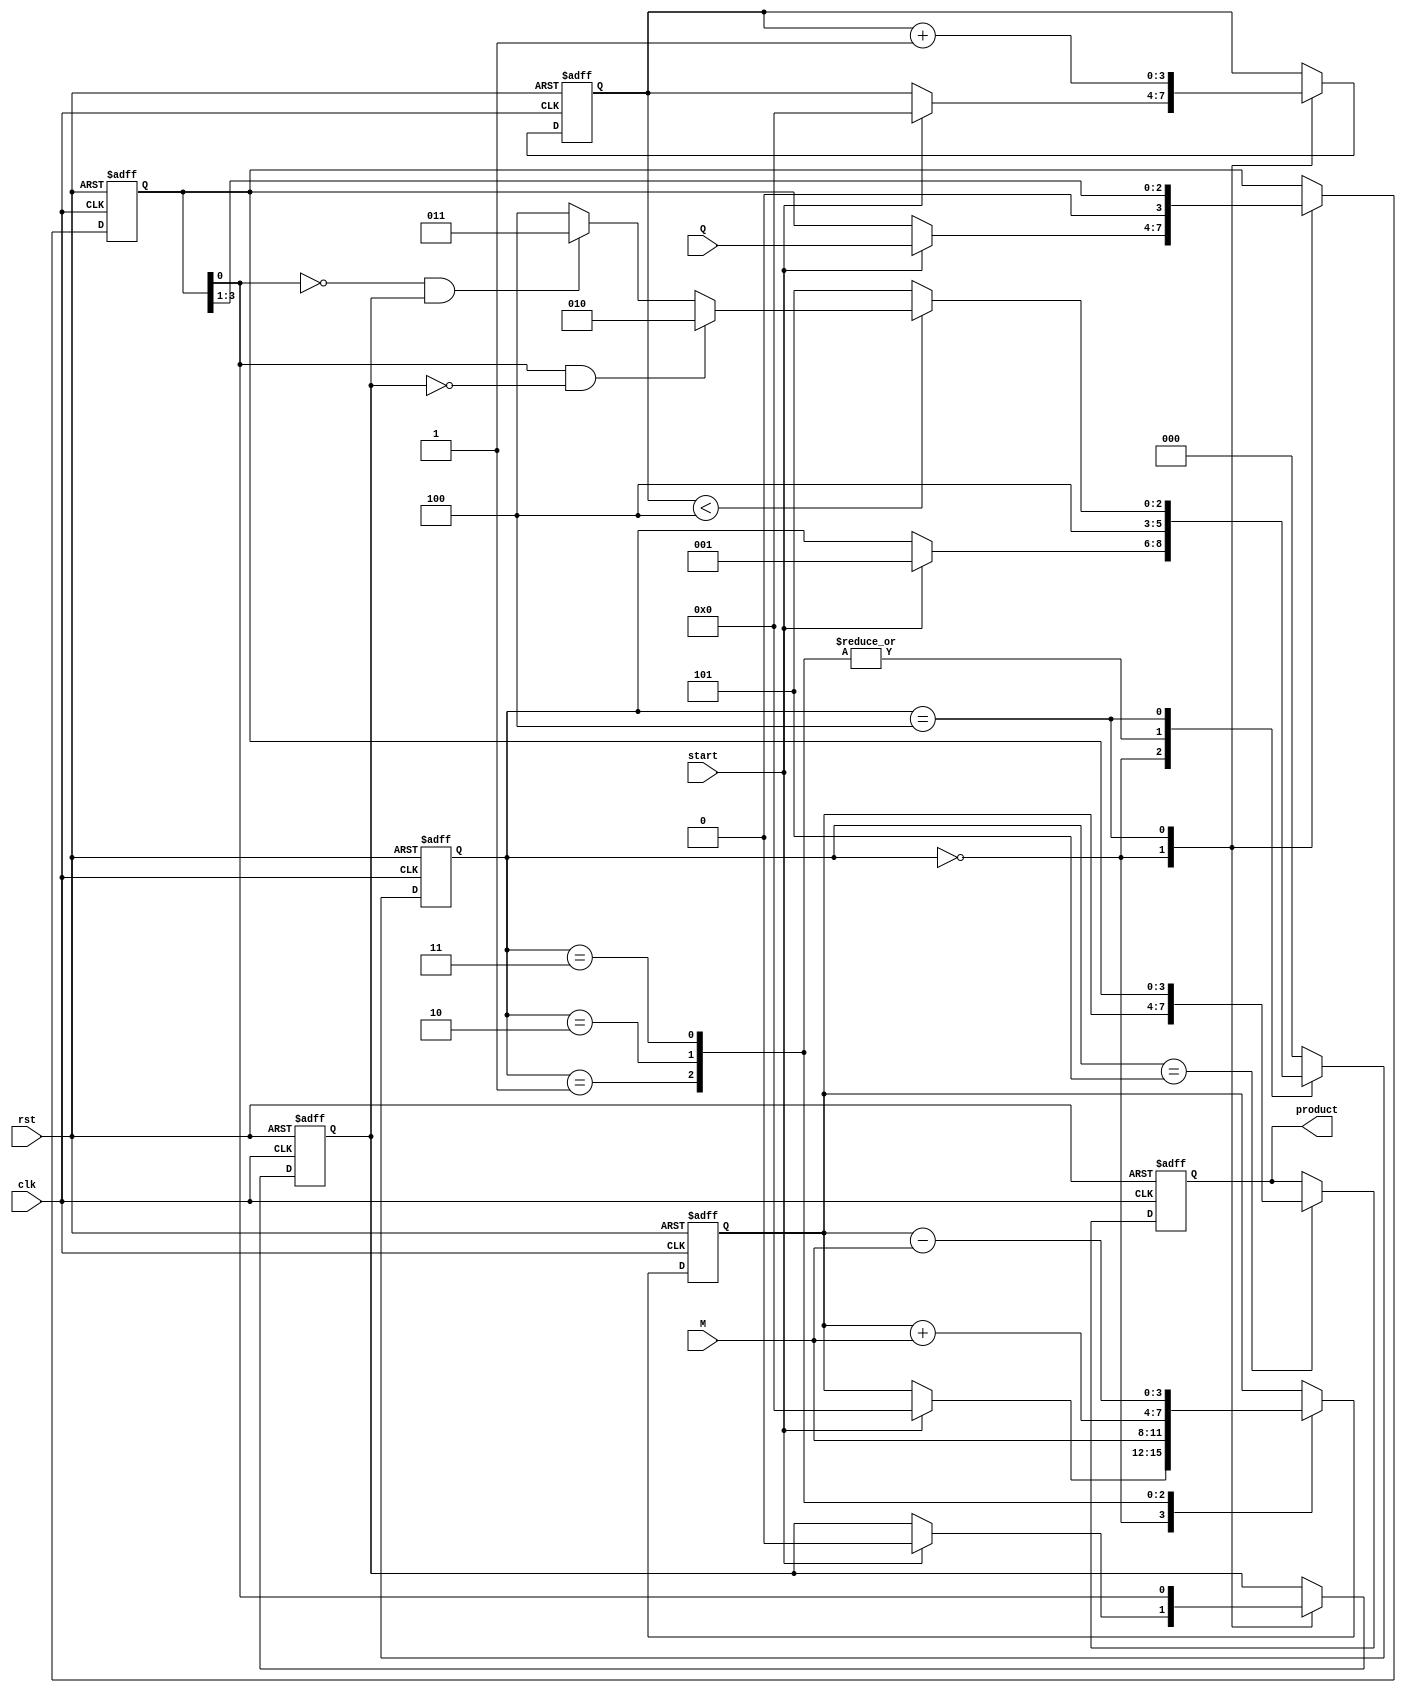
module booth_multiplier #(parameter N = 4) (
    input wire [N-1:0] M,      // Multiplicand
    input wire [N-1:0] Q,      // Multiplier
    input wire start,           // Start signal
    input wire clk,             // Clock signal
    input wire rst,             // Reset signal
    output reg [2*N-1:0] product // Final product
);

    reg [N-1:0] A;             // Accumulator
    reg [N-1:0] Q_reg;         // Multiplier register
    reg Q_1;                   // Previous LSB of Q
    reg [2:0] state;           // FSM state
    reg [3:0] count;           // Count for iterations

    // States for FSM
    localparam IDLE = 3'b000,
               LOAD = 3'b001,
               ADD = 3'b010,
               SUB = 3'b011,
               SHIFT = 3'b100,
               DONE = 3'b101;

    // Initial conditions
    always @(posedge clk or posedge rst) begin
        if (rst) begin
            A <= 0;
            Q_reg <= 0;
            Q_1 <= 0;
            product <= 0;
            state <= IDLE;
            count <= 0;
        end else begin
            case (state)
                IDLE: begin
                    if (start) begin
                        A <= 0;
                        Q_reg <= Q;
                        Q_1 <= 0;
                        count <= 0;
                        state <= LOAD;
                    end
                end

                LOAD: begin
                    // Load the multiplicand into A and prepare for multiplication
                    A <= M;
                    state <= SHIFT;
                end

                ADD: begin
                    // Perform addition
                    A <= A + M;
                    state <= SHIFT;
                end

                SUB: begin
                    // Perform subtraction
                    A <= A - M;
                    state <= SHIFT;
                end

                SHIFT: begin
                    // Right arithmetic shift
                    {A, Q_reg} <= {A[N-1], A, Q_reg}; // Arithmetic shift
                    Q_1 <= Q_reg[0]; // Update Q-1
                    Q_reg <= Q_reg >> 1; // Shift Q
                    count <= count + 1;

                    // Check if we have completed n iterations
                    if (count < N) begin
                        // Check the last two bits to determine the next state
                        if (Q_reg[0] == 1 && Q_1 == 0) begin
                            state <= ADD;
                        end else if (Q_reg[0] == 0 && Q_1 == 1) begin
                            state <= SUB;
                        end else begin
                            state <= SHIFT; // Do nothing
                        end
                    end else begin
                        state <= DONE; // Finished
                    end
                end

                DONE: begin
                    // Output the final product
                    product <= {A, Q_reg};
                    state <= IDLE; // Go back to IDLE
                end

                default: state <= IDLE; // Safety default
            endcase
        end
    end
endmodule